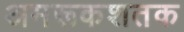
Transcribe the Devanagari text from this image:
अमरूकशतक